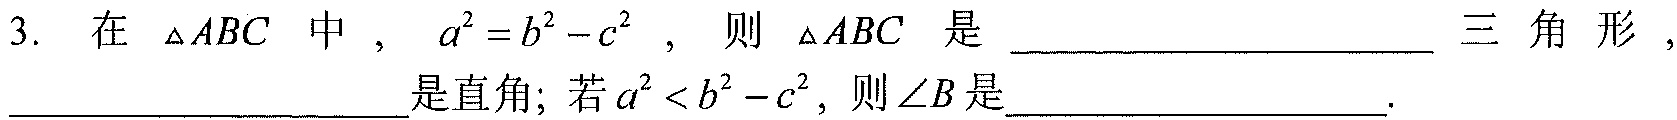
3. 在$\triangle ABC$中，$a^{2}=b^{2}-c^{2}$，则$\triangle ABC$是  三角形，  是直角；若$a^{2}<b^{2}-c^{2}$，则$\angle B$是  .